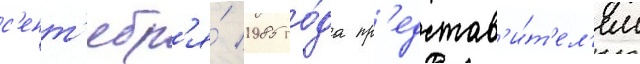
с'ент'ябр'я́ 1985 го́да пр'едстав'и́т'ел'ем